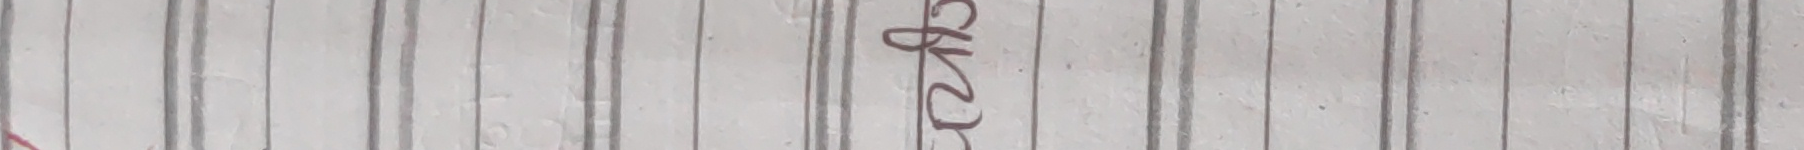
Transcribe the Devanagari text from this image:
च्या